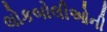
લોકબોલીઓની